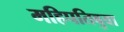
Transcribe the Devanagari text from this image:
महिपतिबुवा